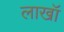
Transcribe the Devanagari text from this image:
लाखॉ